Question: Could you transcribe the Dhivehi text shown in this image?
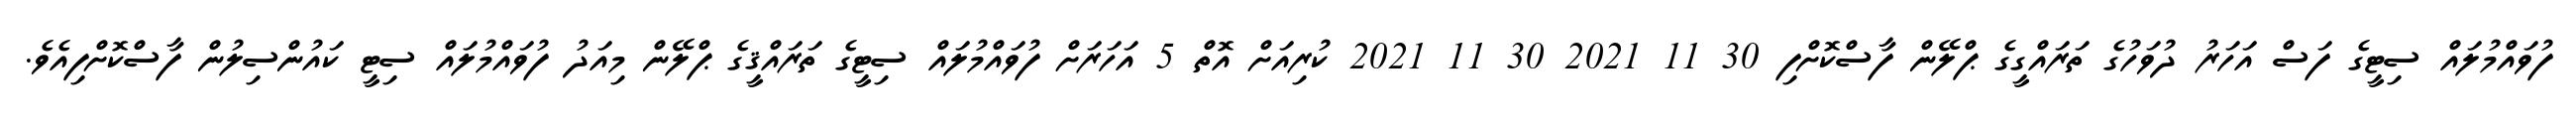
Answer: ފުވައްމުލައް ސިޓީގެ ފަސް އަހަރު ދުވަހުގެ ތަރައްގީގެ ޕްލޭން ފާސްކޮށްފި 30 11 2021 30 11 2021 ކުރިއަށް އޮތް 5 އަހަރަށް ފުވައްމުލައް ސިޓީގެ ތަރައްޤީގެ ޕްލޭން މިއަދު ފުވައްމުލައް ސިޓީ ކައުންސިލުން ފާސްކޮށްފިއެވެ.